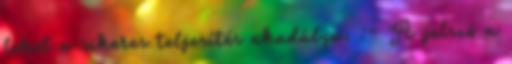
lehet a sikeres teljesítés akadálya. :- A jelszó a